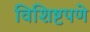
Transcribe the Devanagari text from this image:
विशिष्टपणे